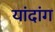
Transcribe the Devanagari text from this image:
यांदांग